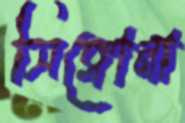
সিঙ্গোনা